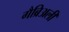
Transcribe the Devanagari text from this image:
गैब्रिअली